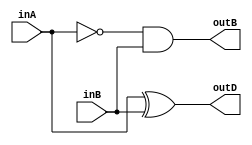
`timescale 1ns / 1ps

module half_subtractor(inA, inB, outD, outB);

input inA, inB;
output outD, outB;

assign outD=inA^inB;
assign outB=(~inA)&inB;

endmodule